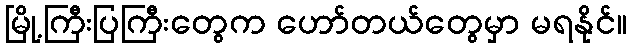
မြို့ကြီးပြကြီးတွေက ဟော်တယ်တွေမှာ မရနိုင်။